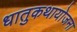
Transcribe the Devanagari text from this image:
धातुकथायोजना